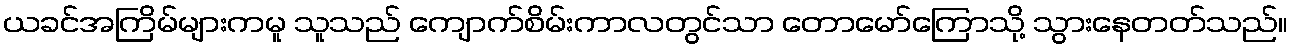
ယခင်အကြိမ်များကမူ သူသည် ကျောက်စိမ်းကာလတွင်သာ တောမော်ကြောသို့ သွားနေတတ်သည်။